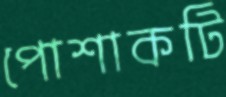
পোশাকটি